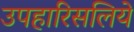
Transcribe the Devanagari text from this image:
उपहारिसलिये